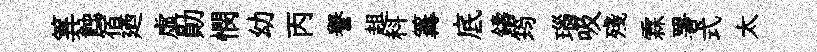
筭蝕宿廼虚勛憫幼丙譽趄科篝底鑄筠瑙吸殘霖署式太